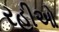
રહીઓ